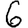
Digit: 6